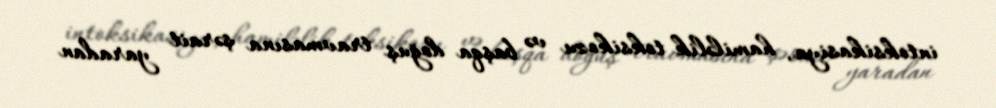
intoksikasiya, hamiləlik toksikozu və başqa doğuş travmasına şərait yaradan